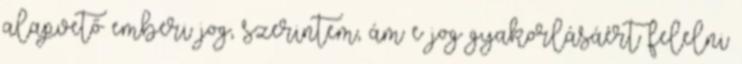
alapvető emberi jog, szerintem, ám e jog gyakorlásáért felelni